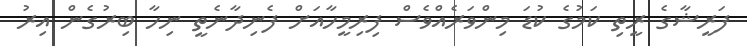
ފަރީޝާގެ ރީތި ކަމުގެ ކުޑަ މިންވަރެއްވެސް ފިރިމީހާއަށް ފެނިދާނެތީ ނިހާ ބިރުގެން އިރު